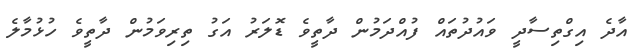
އާދެ އިގްތިސާދީ ވައުދުތައް ފުއްދަމުން ދާތީވެ ޑޮލަރު އަގު ތިރިވަމުން ދާތީވެ ހުޅުމާލެ